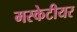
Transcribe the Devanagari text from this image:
मस्केटीयर